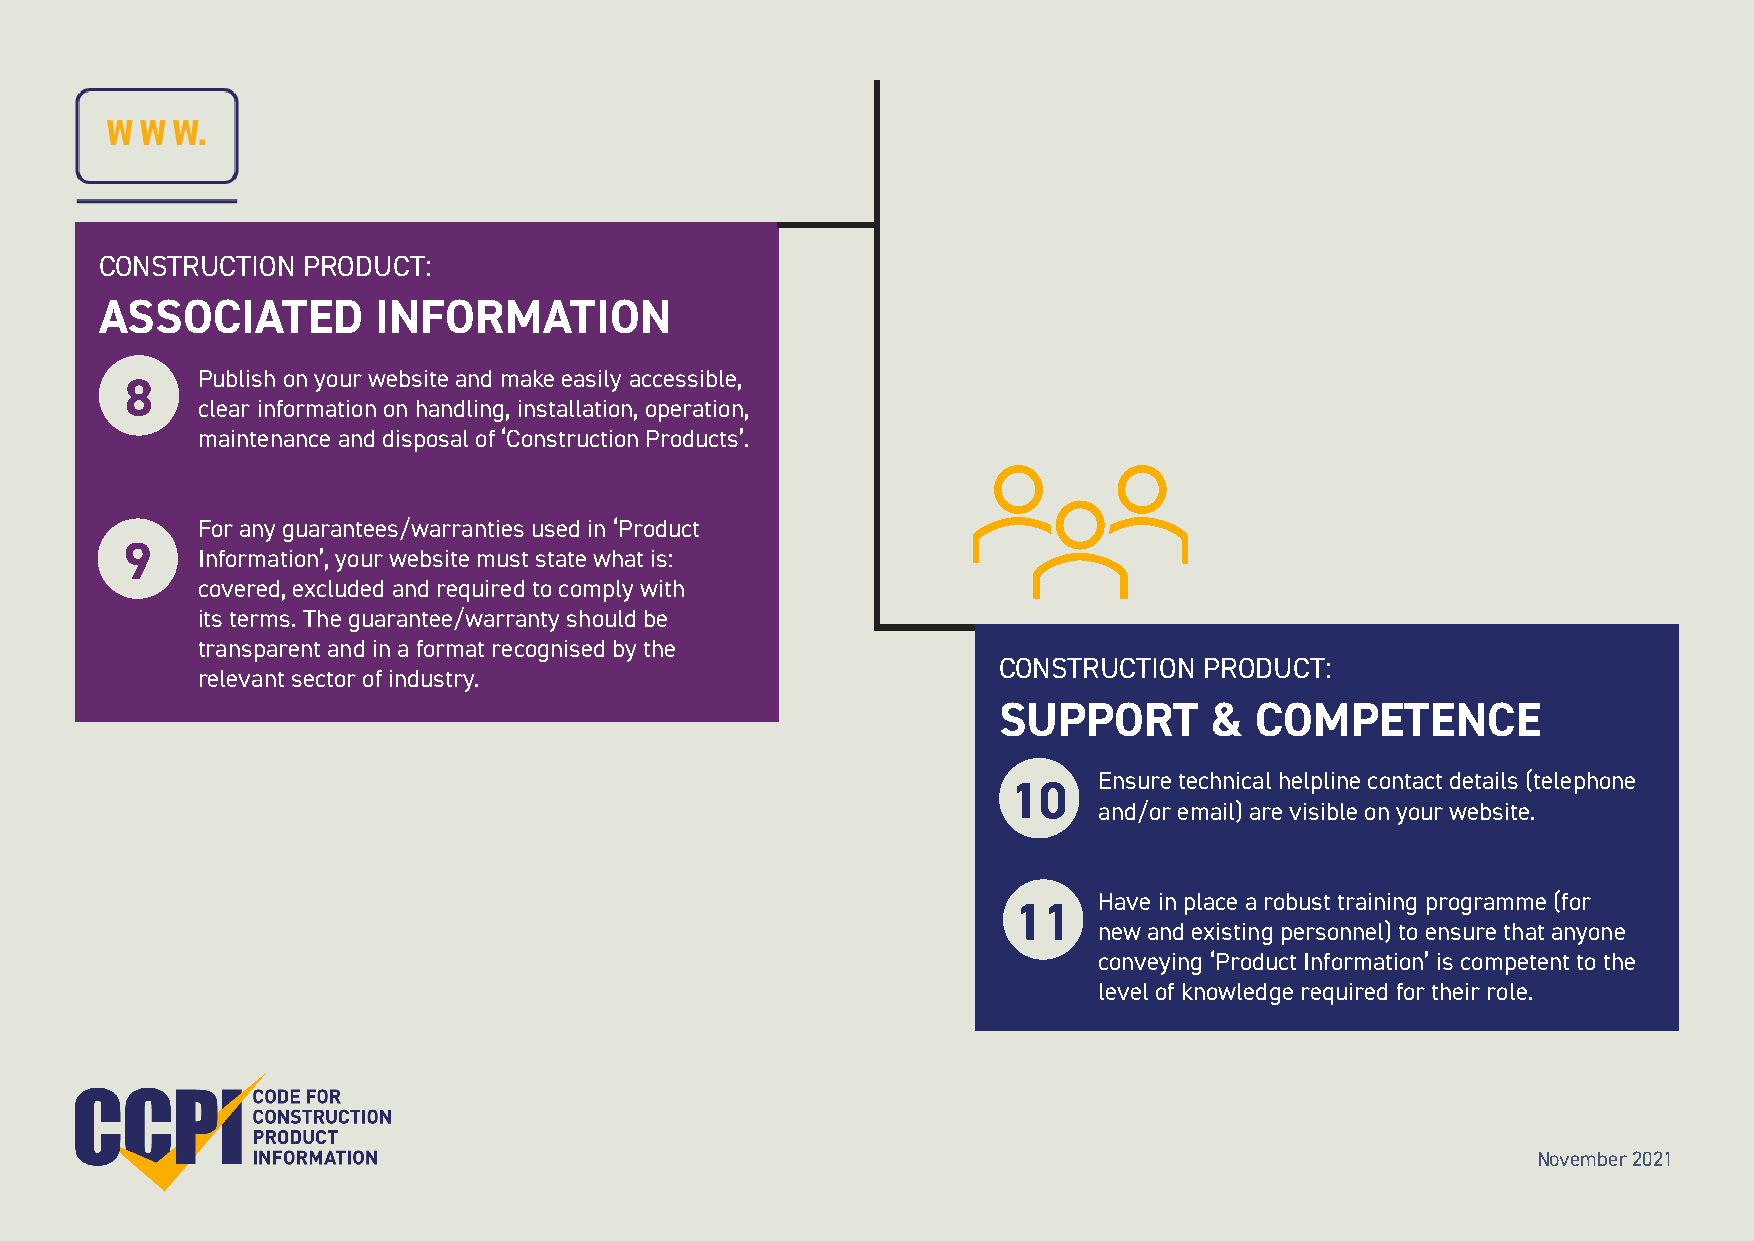
CONSTRUCTION PRODUCT:
 ASSOCIATED        INFORMATION
 Publish on your website and make easily accessible,
 8
 clear information on handling, installation, operation,
 maintenance and disposal of ‘Construction Products’.
 For any guarantees/warranties used in ‘Product
 9    Information’, your website must state what is:
 covered, excluded and required to comply with
 its terms. The guarantee/warranty should be
 transparent and in a format recognised by the
 CONSTRUCTION  PRODUCT:
 relevant sector of industry.
 SUPPORT       &  COMPETENCE
 Ensure technical helpline contact details (telephone
 10
 and/or email) are visible on your website.
 Have in place a robust training programme (for
 11
 new and existing personnel) to ensure that anyone
 conveying ‘Product Information’ is competent to the
 level of knowledge required for their role.
 November 2021